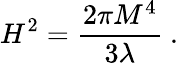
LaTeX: H^{2}={\frac{2\pi M^{4}}{3\lambda}}\ .